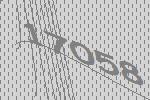
17058